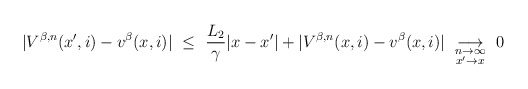
\begin{align*}|V^{\beta,n}(x',i) - v^\beta(x,i)| \ \leq \ \frac{L_2}{\gamma}|x - x'| + |V^{\beta,n}(x,i) - v^\beta(x,i)| \ \underset{\substack{n\rightarrow\infty\\ x'\rightarrow x}}{\longrightarrow} \ 0\end{align*}